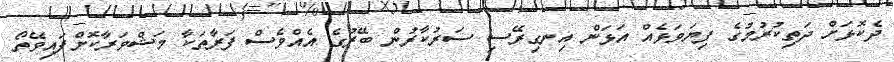
ދެކޮޅަށް ދަތިކުރުމުގެ ފިޔަވަޅެއް އަޅަން އިނގިރޭސި ސަރުކާރުން ބޭރުގެ އެއްވެސް ފަރާތަކާ މަޝްވަރާކޮށްފައިވޭތޯ